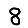
Digit: 8